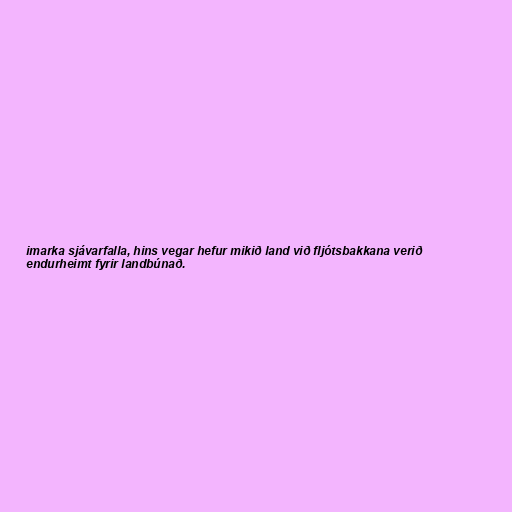
imarka sjávarfalla, hins vegar hefur mikið land við fljótsbakkana verið
endurheimt fyrir landbúnað.